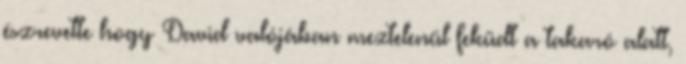
észrevette hogy David valójában meztelenül feküdt a takaró alatt,